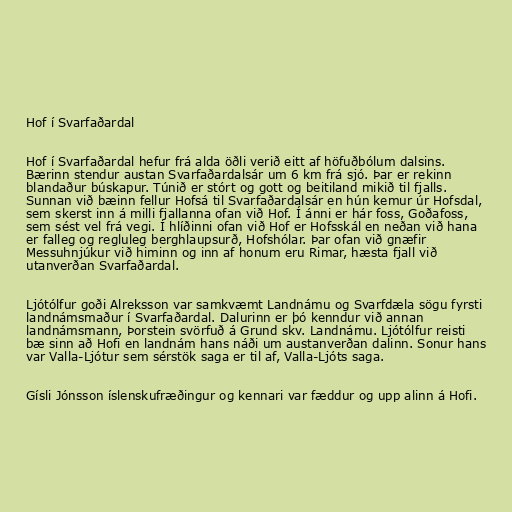
Hof í Svarfaðardal

Hof í Svarfaðardal hefur frá alda öðli verið eitt af höfuðbólum dalsins.
Bærinn stendur austan Svarfaðardalsár um 6 km frá sjó. Þar er rekinn
blandaður búskapur. Túnið er stórt og gott og beitiland mikið til fjalls.
Sunnan við bæinn fellur Hofsá til Svarfaðardalsár en hún kemur úr Hofsdal,
sem skerst inn á milli fjallanna ofan við Hof. Í ánni er hár foss, Goðafoss,
sem sést vel frá vegi. Í hlíðinni ofan við Hof er Hofsskál en neðan við hana
er falleg og regluleg berghlaupsurð, Hofshólar. Þar ofan við gnæfir
Messuhnjúkur við himinn og inn af honum eru Rimar, hæsta fjall við
utanverðan Svarfaðardal.

Ljótólfur goði Alreksson var samkvæmt Landnámu og Svarfdæla sögu fyrsti
landnámsmaður í Svarfaðardal. Dalurinn er þó kenndur við annan
landnámsmann, Þorstein svörfuð á Grund skv. Landnámu. Ljótólfur reisti
bæ sinn að Hofi en landnám hans náði um austanverðan dalinn. Sonur hans
var Valla-Ljótur sem sérstök saga er til af, Valla-Ljóts saga.

Gísli Jónsson íslenskufræðingur og kennari var fæddur og upp alinn á Hofi.